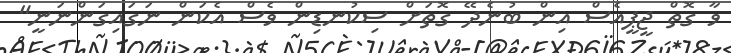
ވާ ގޮތް ޖީޕީއެސް އިން ބުނެދޭ ގޮތަށް ސިކުނޑިން ވެސް އެކަން ނަގައިގަންނަނީ"